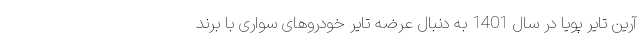
آرین تایر پویا در سال 1401 به دنبال عرضه تایر خودروهای سواری با برند